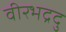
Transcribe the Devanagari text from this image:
वीरभद्रदु